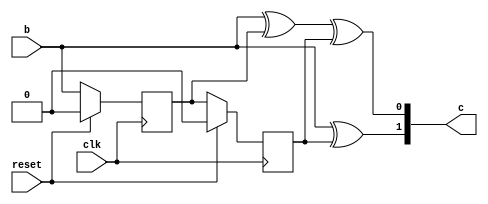
module conv_encoder (output [1:0] c, input b, input clk, input reset);
	// Output signals for the design module
	
	
	// Input signals for the design module
	
	
	// Declare "reg" signals...
	// Output bus that will be assigned values
	reg [1:0] c;
	/*
	 * Output of flip-flops in the convolutional encoder
	 * D_0 is the output of the first flip-flop
	 * D_1 is the output of the second flip-flop
	 */
	reg D_0, D_1;


	
	// Declare "wire" signals...
	// Defining constants: parameter [name_of_constant] = value;



	// First flip-flop of the convolutional encoder
	always @ (posedge clk)
	begin
		// If the reset signal is HIGH
		if (reset)
		begin
			// Ground the output signal of the first flip-flop
			D_0 <= 1'b0;
		end
		else
		begin
			// Assign the output of the 1st flip-flop to the signal b
			D_0 <= b;
		end
	end
	
	
	
	// Second flip-flop of the convolutional encoder
	always @ (posedge clk)
	begin
		// If the reset signal is HIGH
		if (reset)
		begin
			// Ground the output signal of the 2nd flip-flop
			D_1 <= 1'b0;
		end
		else
		begin
			// Assign the output of the 2nd flip-flop to the signal b
			D_1 <= D_0;
		end
	end
	
	

	always @ (D_0 or D_1 or b)
	begin
		// 3-input XOR gate of the convolutional encoder
		c[0]  <= b^D_0^D_1;
		// 2-input XOR gate of the convolutional encoder
		c[1]  <= b^D_1;
	end // always @ (D_0 or D_1 or b)
	
endmodule